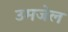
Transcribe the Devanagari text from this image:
उमजेल